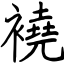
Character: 襓